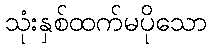
သုံးနှစ်ထက်မပိုသော